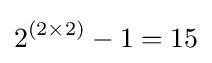
2^{(2\times 2)}-1=15